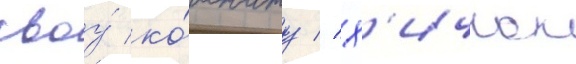
своу́ ко́мнату // Х'ичкок